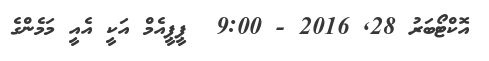
އޮކްޓޯބަރު 28